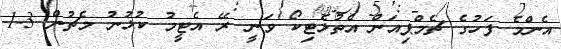
އެންމެ ފަހުގެ ޗެމްޕިއަން އެތުލެޓިކޯ ވަނީ ރޭ އެޓީމު ކުޅުނު މެޗުން 3-1